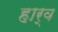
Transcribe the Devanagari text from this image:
हार्व